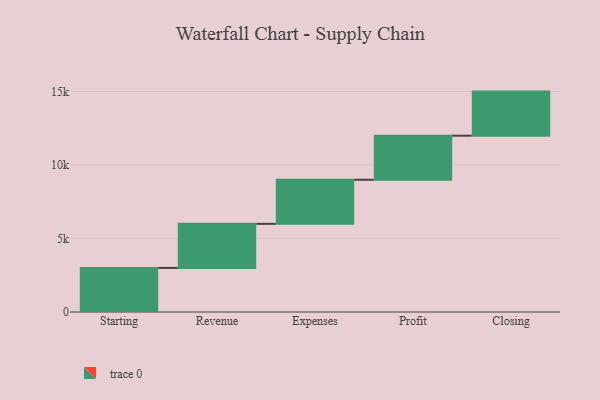
{"axis": {"x": "Step", "y": "Value"}, "legend": [""], "data": [{"x": "Starting", "y": 3000, "type": ""}, {"x": "Revenue", "y": 3000, "type": ""}, {"x": "Expenses", "y": 3000, "type": ""}, {"x": "Profit", "y": 3000, "type": ""}, {"x": "Closing", "y": 3000, "type": ""}]}